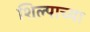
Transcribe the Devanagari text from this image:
शिल्पाच्या